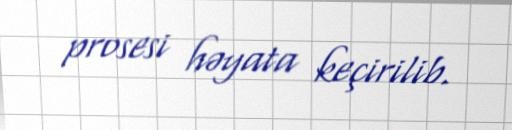
prosesi həyata keçirilib.